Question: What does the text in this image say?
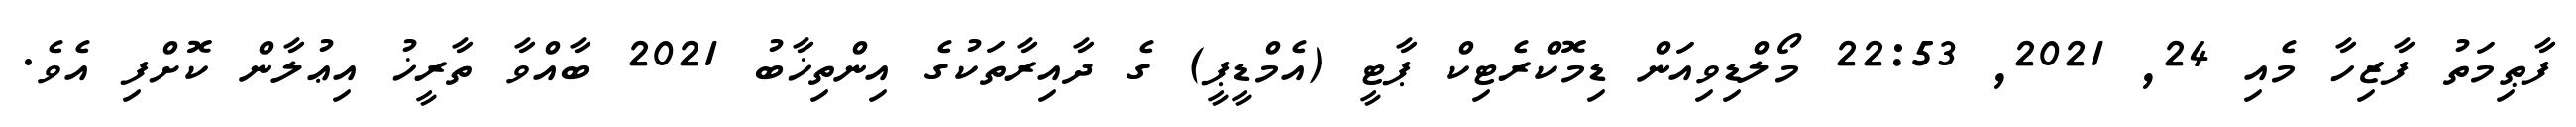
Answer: ފާޠިމަތު ފާޒިހާ މެއި 24, 2021, 22:53 މޯލްޑިވިއަން ޑިމޮކްރެޓިކް ޕާޓީ (އެމްޑީޕީ) ގެ ދާއިރާތަކުގެ އިންތިޚާބު 2021 ބާއްވާ ތާރީޚު އިޢުލާން ކޮށްފި އެވެ.